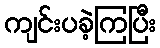
ကျင်းပခဲ့ကြပြီး